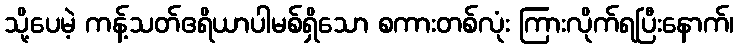
သို့ပေမဲ့ ကန့်သတ်ဧရိယာပါမစ်ရှိသော စကားတစ်လုံး ကြားလိုက်ရပြီးနောက်၊